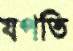
যপতি